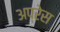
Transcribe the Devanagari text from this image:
अप्रेस